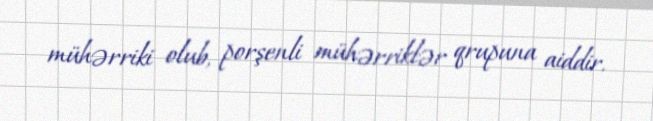
mühərriki olub, porşenli mühərriklər qrupuna aiddir.